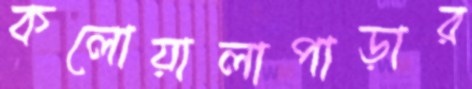
কলোয়ালাপাড়ার